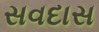
સવદાસ